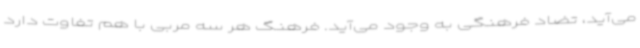
می‌آید، تضاد فرهنگی به وجود می‌آید. فرهنگ هر سه مربی با هم تفاوت دارد